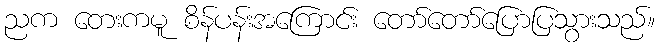
ညက တေးကမူ စိန်ပန်းအကြောင်း တော်တော်ပြောပြသွားသည်။